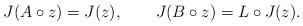
LaTeX: \begin{align*}J(A\circ z) = J(z), \qquad J(B\circ z) = L\circ J(z).\end{align*}